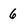
Character: 6